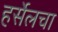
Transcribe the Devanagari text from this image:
हर्सेलचा